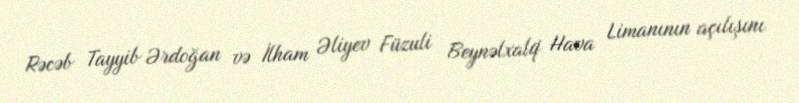
Rəcəb Tayyib Ərdoğan və İlham Əliyev Füzuli Beynəlxalq Hava Limanının açılışını